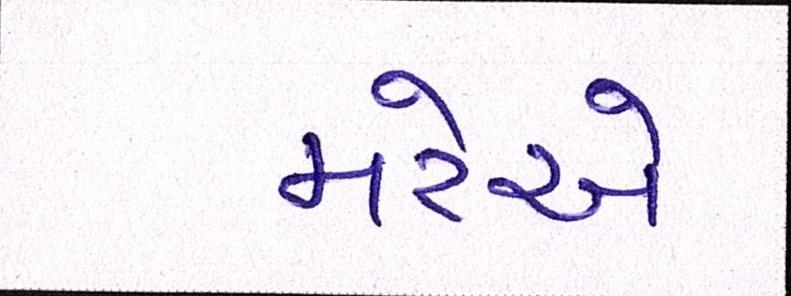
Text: મરેએ